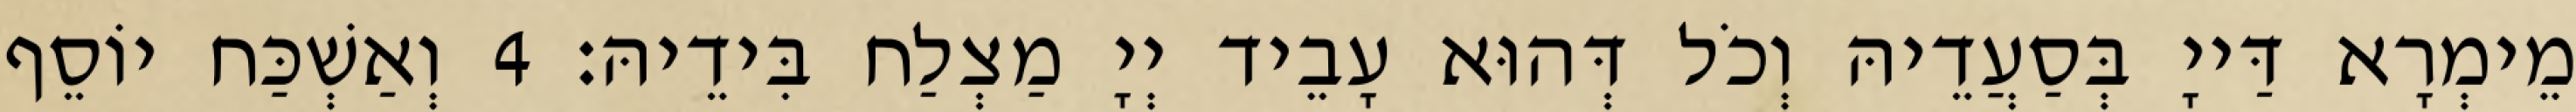
מֵימְרָא דַּייָ בְּסַעֲדֵיהּ וְכֹל דְּהוּא עָבֵיד יְיָ מַצְלַח בִּידֵיהּ׃ 4 וְאַשְׁכַּח יוֹסֵף